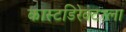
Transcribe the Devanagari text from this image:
कास्टडिरेक्टरला